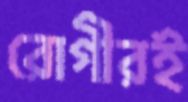
রোগীরই